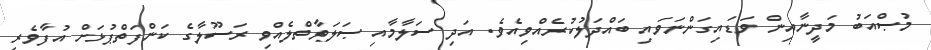
މުޞްއަބު މަދީނާއިން ވަޑައިގަންނަވައި ބައްދަލުކުރެއްވިއެވެ. އަދި ސަލާމާއި ޞަލަވާތްލެއްވި ރަސޫލާގެ ކަންފަތްޕުޅަށް އުފާވެރި